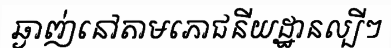
ឆ្ងាញ់នៅតាមភោជនីយដ្ឋានល្បីៗ